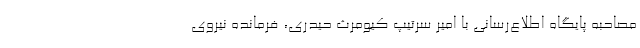
مصاحبه پایگاه اطلاع‌رسانی با امیر سرتیپ کیومرث حیدری، فرمانده نیروی